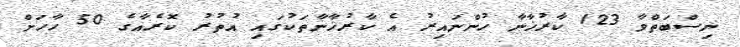
ނިސްބަތްވާ 123 ކާރުޚާނާ ހުންނައިރު އެ ކާރުޚާނާތަކުގައި އުތުރު ކޮރެއާގެ 50 ހާހަށް